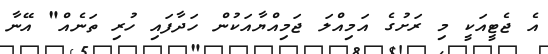
އެ ޖެޓީއަކީ މި ރަށުގެ އަމިއްލަ ޖަމިއްޔާއަކުން ހަދާފައި ހުރި ތަނެއް" އޭނާ